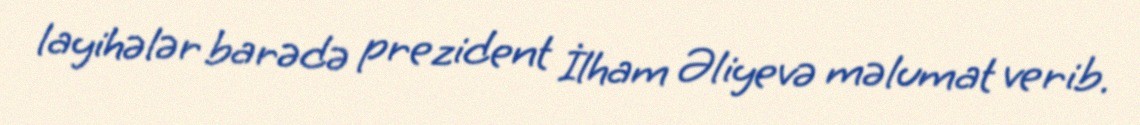
layihələr barədə prezident İlham Əliyevə məlumat verib.